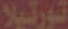
تورتيلا